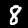
Label: 8